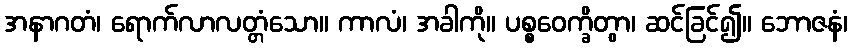
အနာဂတံ၊ ရောက်လာလတ္တံသော။ ကာလံ၊ အခါကို။ ပစ္စဝေက္ခိတွာ၊ ဆင်ခြင်၍။ ဘောဇနံ၊